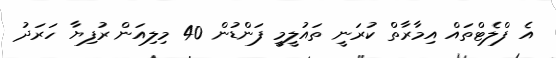
އެ ފްލެޓްތައް އިމާރާތް ކުރަނީ ތައުލީމީ ފަންޑުން 40 މިލިއަން ރުފިޔާ ހަރަދު